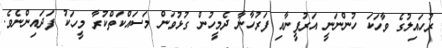
ރުހައިލުގެ ވާހަކަ ހުންނަނީ އަރުފީނާއި ފަރުހާނާ ދެމީހުން ގުޅުވަން މަސައްކަތްކުރާ މީހަކު ފަދައިންނެވެ.